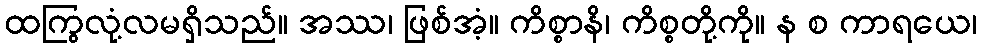
ထကြွလုံ့လမရှိသည်။ အဿ၊ ဖြစ်အံ့။ ကိစ္စာနိ၊ ကိစ္စတို့ကို။ န စ ကာရယေ၊